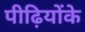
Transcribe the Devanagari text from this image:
पीढ़ियोंके